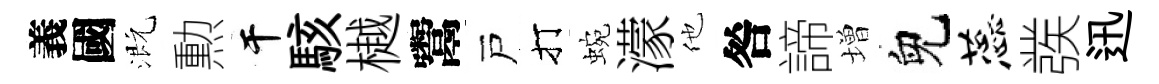
義國溉勲干駭樾鬻戸打蜿濛他咎諦増兒蕊彂迅